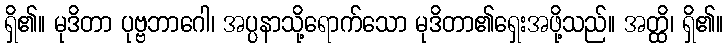
ရှိ၏။ မုဒိတာ ပုဗ္ဗဘာဂေါ၊ အပ္ပနာသို့ရောက်သော မုဒိတာ၏ရှေးအဖို့သည်။ အတ္ထိ၊ ရှိ၏။